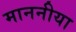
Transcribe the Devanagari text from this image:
माननीया